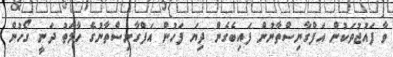
ވާ ފައުޖުތަކުން އަފްގާނިސްތާނުން ފައިބެގެން ދިޔަ ފަހުން އަފްގާނިސްތާނުގެ ހާލަތު ދަނީ ގޯހުން